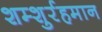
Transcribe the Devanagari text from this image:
शम्शुर्रहमान